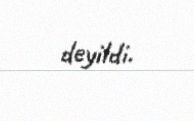
deyildi.